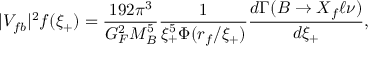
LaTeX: | V _ { f b } | ^ { 2 } f ( \xi _ { + } ) = \frac { 1 9 2 \pi ^ { 3 } } { G _ { F } ^ { 2 } M _ { B } ^ { 5 } } \frac { 1 } { \xi _ { + } ^ { 5 } \Phi ( r _ { f } / \xi _ { + } ) } \frac { d \Gamma ( B \to X _ { f } \ell \nu ) } { d \xi _ { + } } ,